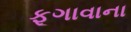
ફૂગાવાના